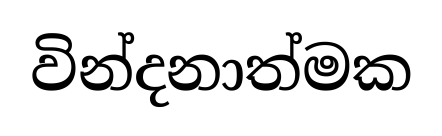
වින්දනාත්මක